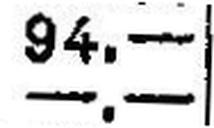
—.—